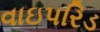
વાઇપરિડ